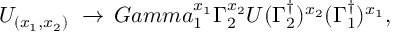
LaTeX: U _ { ( x _ { 1 } , x _ { 2 } ) } \ \rightarrow \, G a m m a _ { 1 } ^ { x _ { 1 } } \Gamma _ { 2 } ^ { x _ { 2 } } U ( \Gamma _ { 2 } ^ { \dag } ) ^ { x _ { 2 } } ( \Gamma _ { 1 } ^ { \dag } ) ^ { x _ { 1 } } ,